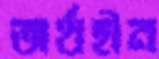
অর্থহীন